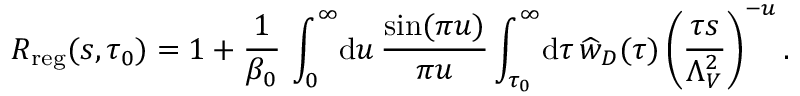
R _ { \mathrm { r e g } } ( s , \tau _ { 0 } ) = 1 + { \frac { 1 } { \beta _ { 0 } } } \, \int _ { 0 } ^ { \infty } \! \mathrm { d } u \, { \frac { \sin ( \pi u ) } { \pi u } } \int _ { \tau _ { 0 } } ^ { \infty } \! \mathrm { d } \tau \, \widehat w _ { D } ( \tau ) \, \bigg ( { \frac { \tau s } { \Lambda _ { V } ^ { 2 } } } \bigg ) ^ { - u } \, .